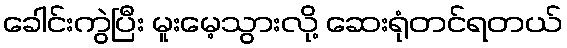
ခေါင်းကွဲပြီး မူးမေ့သွားလို့ ဆေးရုံတင်ရတယ်